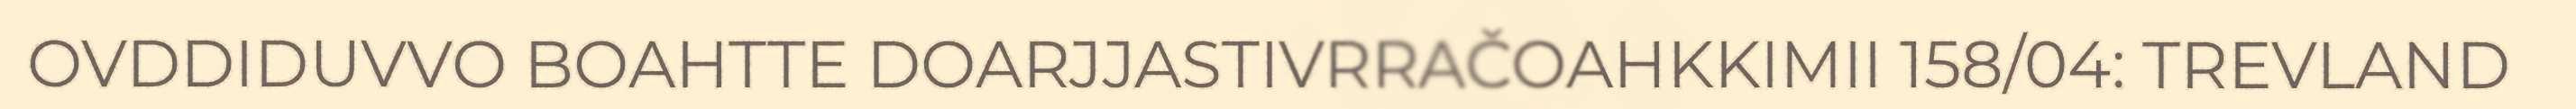
OVDDIDUVVO BOAHTTE DOARJJASTIVRRAČOAHKKIMII 158/04: TREVLAND